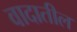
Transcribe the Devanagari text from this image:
वादातील